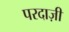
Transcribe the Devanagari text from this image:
परदाज़ी